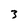
Character: 3